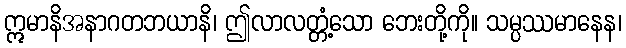
ဣမာနိအနာဂတဘယာနိ၊ ဤလာလတ္တံ့သော ဘေးတို့ကို။ သမ္ပဿမာနေန၊